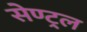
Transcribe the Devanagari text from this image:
सेण्ट्र्ल